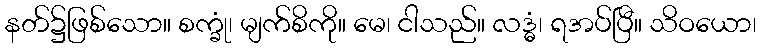
နတ်၌ဖြစ်သော။ စက္ခုံ၊ မျက်စိကို။ မေ၊ ငါသည်။ လဒ္ဓံ၊ ရအပ်ပြီ။ သိဝယော၊